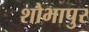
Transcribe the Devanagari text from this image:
शोभापुर